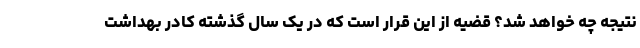
نتیجه چه خواهد شد؟ قضیه از این قرار است که در یک سال گذشته کادر بهداشت